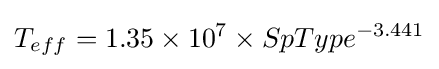
T_{eff}=1.35\times 10^{7}\times SpType^{-3.441}